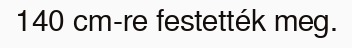
140 cm-re festették meg.